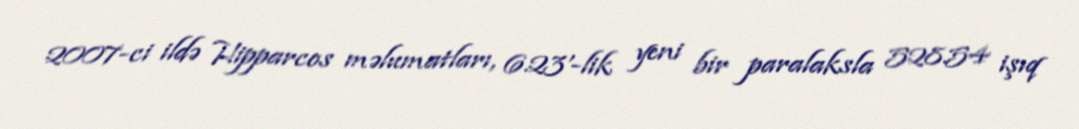
2007-ci ildə Hipparcos məlumatları, 6.23'-lik yeni bir paralaksla 528.54 işıq